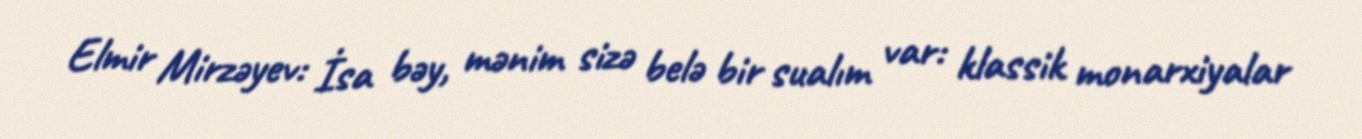
Elmir Mirzəyev: İsa bəy, mənim sizə belə bir sualım var: klassik monarxiyalar